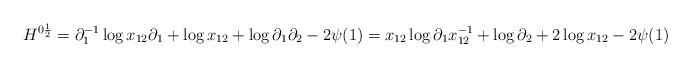
LaTeX: \begin{align*}H^{0\frac{1}{2}}=\partial_1^{-1}\log x_{12}\partial_1+\log x_{12}+\log\partial_1\partial_2 - 2\psi(1)=x_{12}\log\partial_1x_{12}^{-1}+\log\partial_2+2\log x_{12}-2\psi(1)\end{align*}